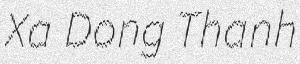
Xa Dong Thanh